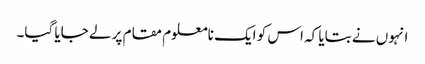
انہوں نے بتایا کہ اس کو ایک نامعلوم مقام پر لے جایا گیا۔